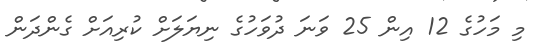
މި މަހުގެ 12 އިން 25 ވަނަ ދުވަހުގެ ނިޔަލަށް ކުރިއަށް ގެންދަން